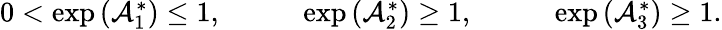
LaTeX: \begin{array}{rlrlr}{0<\exp\left(\mathcal{A}_{1}^{\ast}\right)\leq 1,}&{{}\quad}&{\exp\left(\mathcal{A}_{2}^{\ast}\right)\geq 1,}&{{}\quad}&{\exp\left(\mathcal{A}_{3}^{\ast}\right)\geq 1.}\end{array}